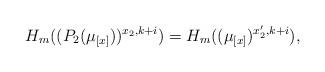
LaTeX: \begin{align*} H_m ((P_2(\mu_{[x]}))^{x_2, k+i}) = H_m ((\mu_{[x]})^{x_2 ', k+i}),\end{align*}